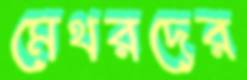
মেথরদের